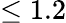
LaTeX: \leq 1.2